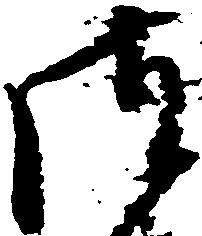
御